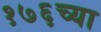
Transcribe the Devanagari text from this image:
१७६च्या